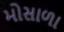
મોસાળા